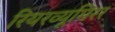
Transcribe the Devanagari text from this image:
रियरव्यूमिरर